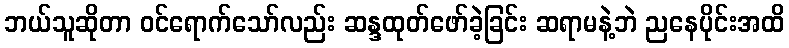
ဘယ်သူဆိုတာ ဝင်ရောက်သော်လည်း ဆန္ဒထုတ်ဖော်ခဲ့ခြင်း ဆရာမနဲ့ဘဲ ညနေပိုင်းအထိ